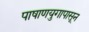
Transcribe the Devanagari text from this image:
पाषाणयुगापासून